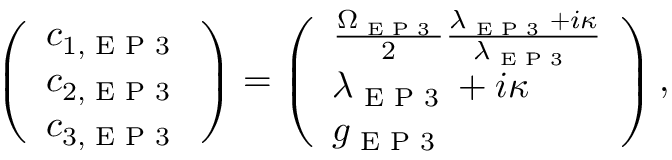
\left( \begin{array} { l } { c _ { 1 , \textrm { E P 3 } } } \\ { c _ { 2 , \textrm { E P 3 } } } \\ { c _ { 3 , \textrm { E P 3 } } } \end{array} \right) = \left( \begin{array} { l } { \frac { \Omega _ { \textrm { E P 3 } } } { 2 } \frac { \lambda _ { \textrm { E P 3 } } + i \kappa } { \lambda _ { \textrm { E P 3 } } } } \\ { \lambda _ { \textrm { E P 3 } } + i \kappa } \\ { g _ { \textrm { E P 3 } } } \end{array} \right) ,